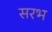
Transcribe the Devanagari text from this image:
सरभ